Code of medical and sanitary regulations for the guidance of medical officers serving in the Madras Presidency - Volume II
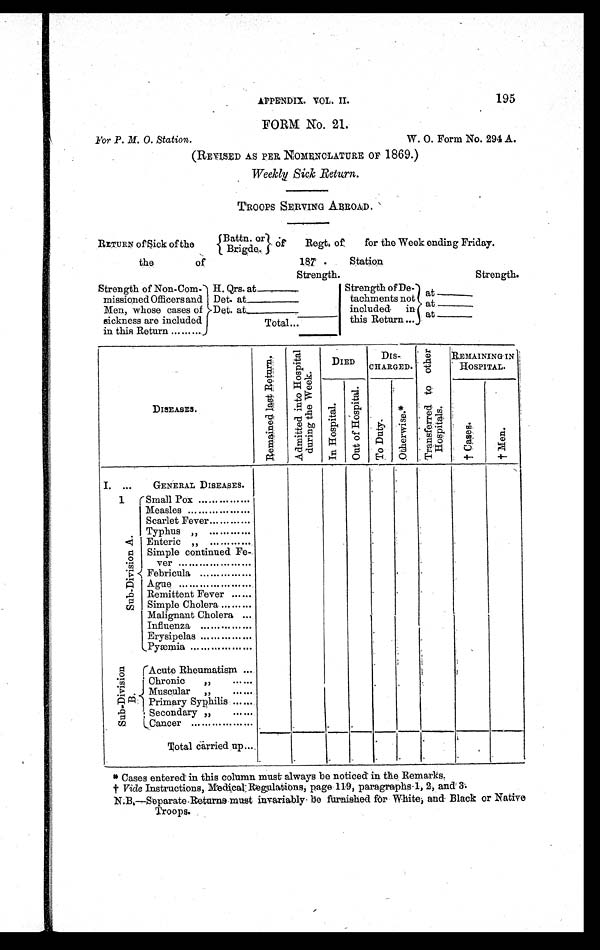
APPENDIX. VOL. II. 195
FORM No. 21.
For P. M. O. Station.
W. O. Form No. 294 A.
(REVISED AS PER NOMENCLATURE OF 1869.)
Weekly Sick Return.
TROOPS SERVING ABROAD.
RETURN of Sick of the
Battn. or
Brigde.
of
Regt. of
for the Week ending Friday.
the
of
187 .
Station
Strength.
Strength.
Strength of Non-Com-
missioned Officers and
Men, whose cases of
sickness are included
in this Return .........
H. Qrs. at______
Strength of De-
tachments not
included in
this Return ...
at ______
Det. at ________
at ______
Det. at ________
at ______
Total ...
DISEASES.
R e m a i n e d l a s t R e t u r n .
A d m i t t e d i n t o H o s p i t a l
d u r i n g t h e We e k .
DIED
DIS-
CHARGED.
T r a n s f e r r e d t o o t h e r
Hospi t al s.
REMAINING IN
HOSPITAL.
I n H o s p i t a l .
O u t o f H o s p i t a l .
T o D u t y .
O t h e r w i s e . *
† C a s e s .
† M e n .
I.
. . .
GENERAL DISEASES.
1
S u b - D i v i s i o n A . Small Pox ... . . . . . . . . . . . .
Measles
...
... . . . . . . . . . . . .
Scarlet Fever . . . . . . . . . . . .
Typhus „
. . . . . . . . . . . .
Enteric „
. . . . . . . . . . . .
Simple continued Fe-
ver ...
... ... . . . . . . . . . . . .
Febricula ... . . . . . . . . . . . .
Ague ... ... ... . . . . . . . . . . . .
Remittent Fever
. . . . . .
Simple Cholera . . . . . . . . .
Malignant Cholera ...
Influenza ... . . . . . . . . . . . .
Erysipelas ... . . . . . . . . . . . .
Pyæmia...... . . . . . . . . . . . .
S u b - D i v i s i o n
B .
Acute Rheumatism ...
Chronic „
. . . . . .
Muscular „
. . . . . .
Primary Syphilis . . . . . .
Secondary „
. . . . . .
Cancer ... ... . . . . . . . . . . . .
Total carried up . . .
* Cases entered in this column must always be noticed in the Remarks.
† Vide Instructions, Medical Regulations, page 119, paragraphs-1, 2, and 3.
N.B.—Separate Returns must invariably be furnished for White, and Black or Native
Troops.